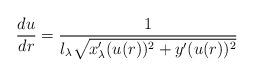
LaTeX: \begin{align*}\frac{du}{dr}=\frac{1}{l_\lambda\sqrt{x_\lambda'(u(r))^2+y'(u(r))^2} }\end{align*}